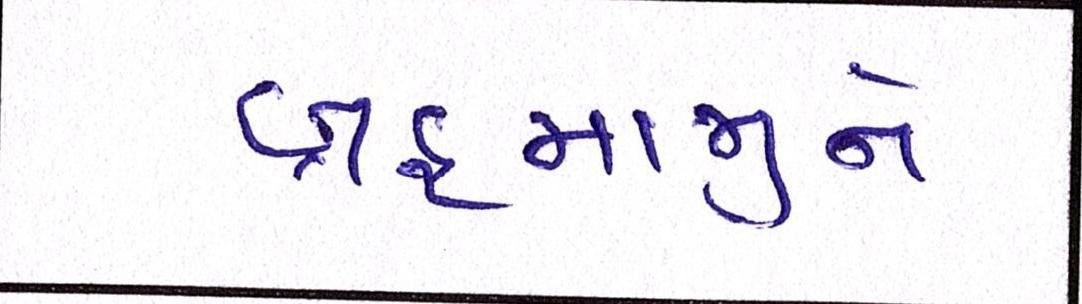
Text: બ્રહ્માજીને